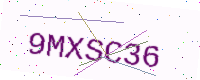
Text: 9MXSC36